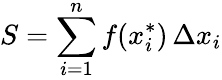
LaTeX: S=\sum_{i=1}^{n}f(x_{i}^{*})\, \Delta x_{i}